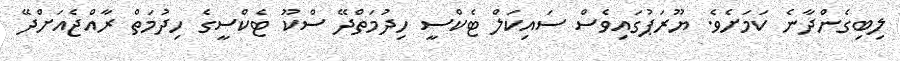
ލިބިގެންދާނެ ކަމަށެވެ. ޔޫރަޕުގައިވެސް ސައިކަލް ޓެކްސީ ހިދުމަތްދޭ ސްކޫ ޓެކްސީގެ ހިދުމަތް ރާއްޖެއަށްދޭ